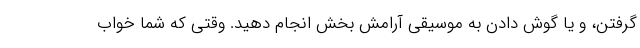
گرفتن، و یا گوش دادن به موسیقی آرامش بخش انجام دهید. وقتی که شما خواب